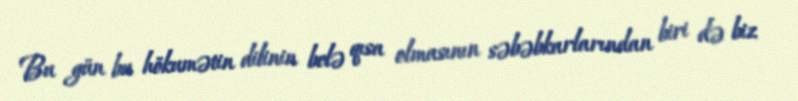
Bu gün bu hökumətin dilinin belə qısa olmasının səbəbkarlarından biri də biz